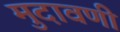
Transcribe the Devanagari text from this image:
मुदावणी